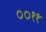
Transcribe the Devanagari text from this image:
००११